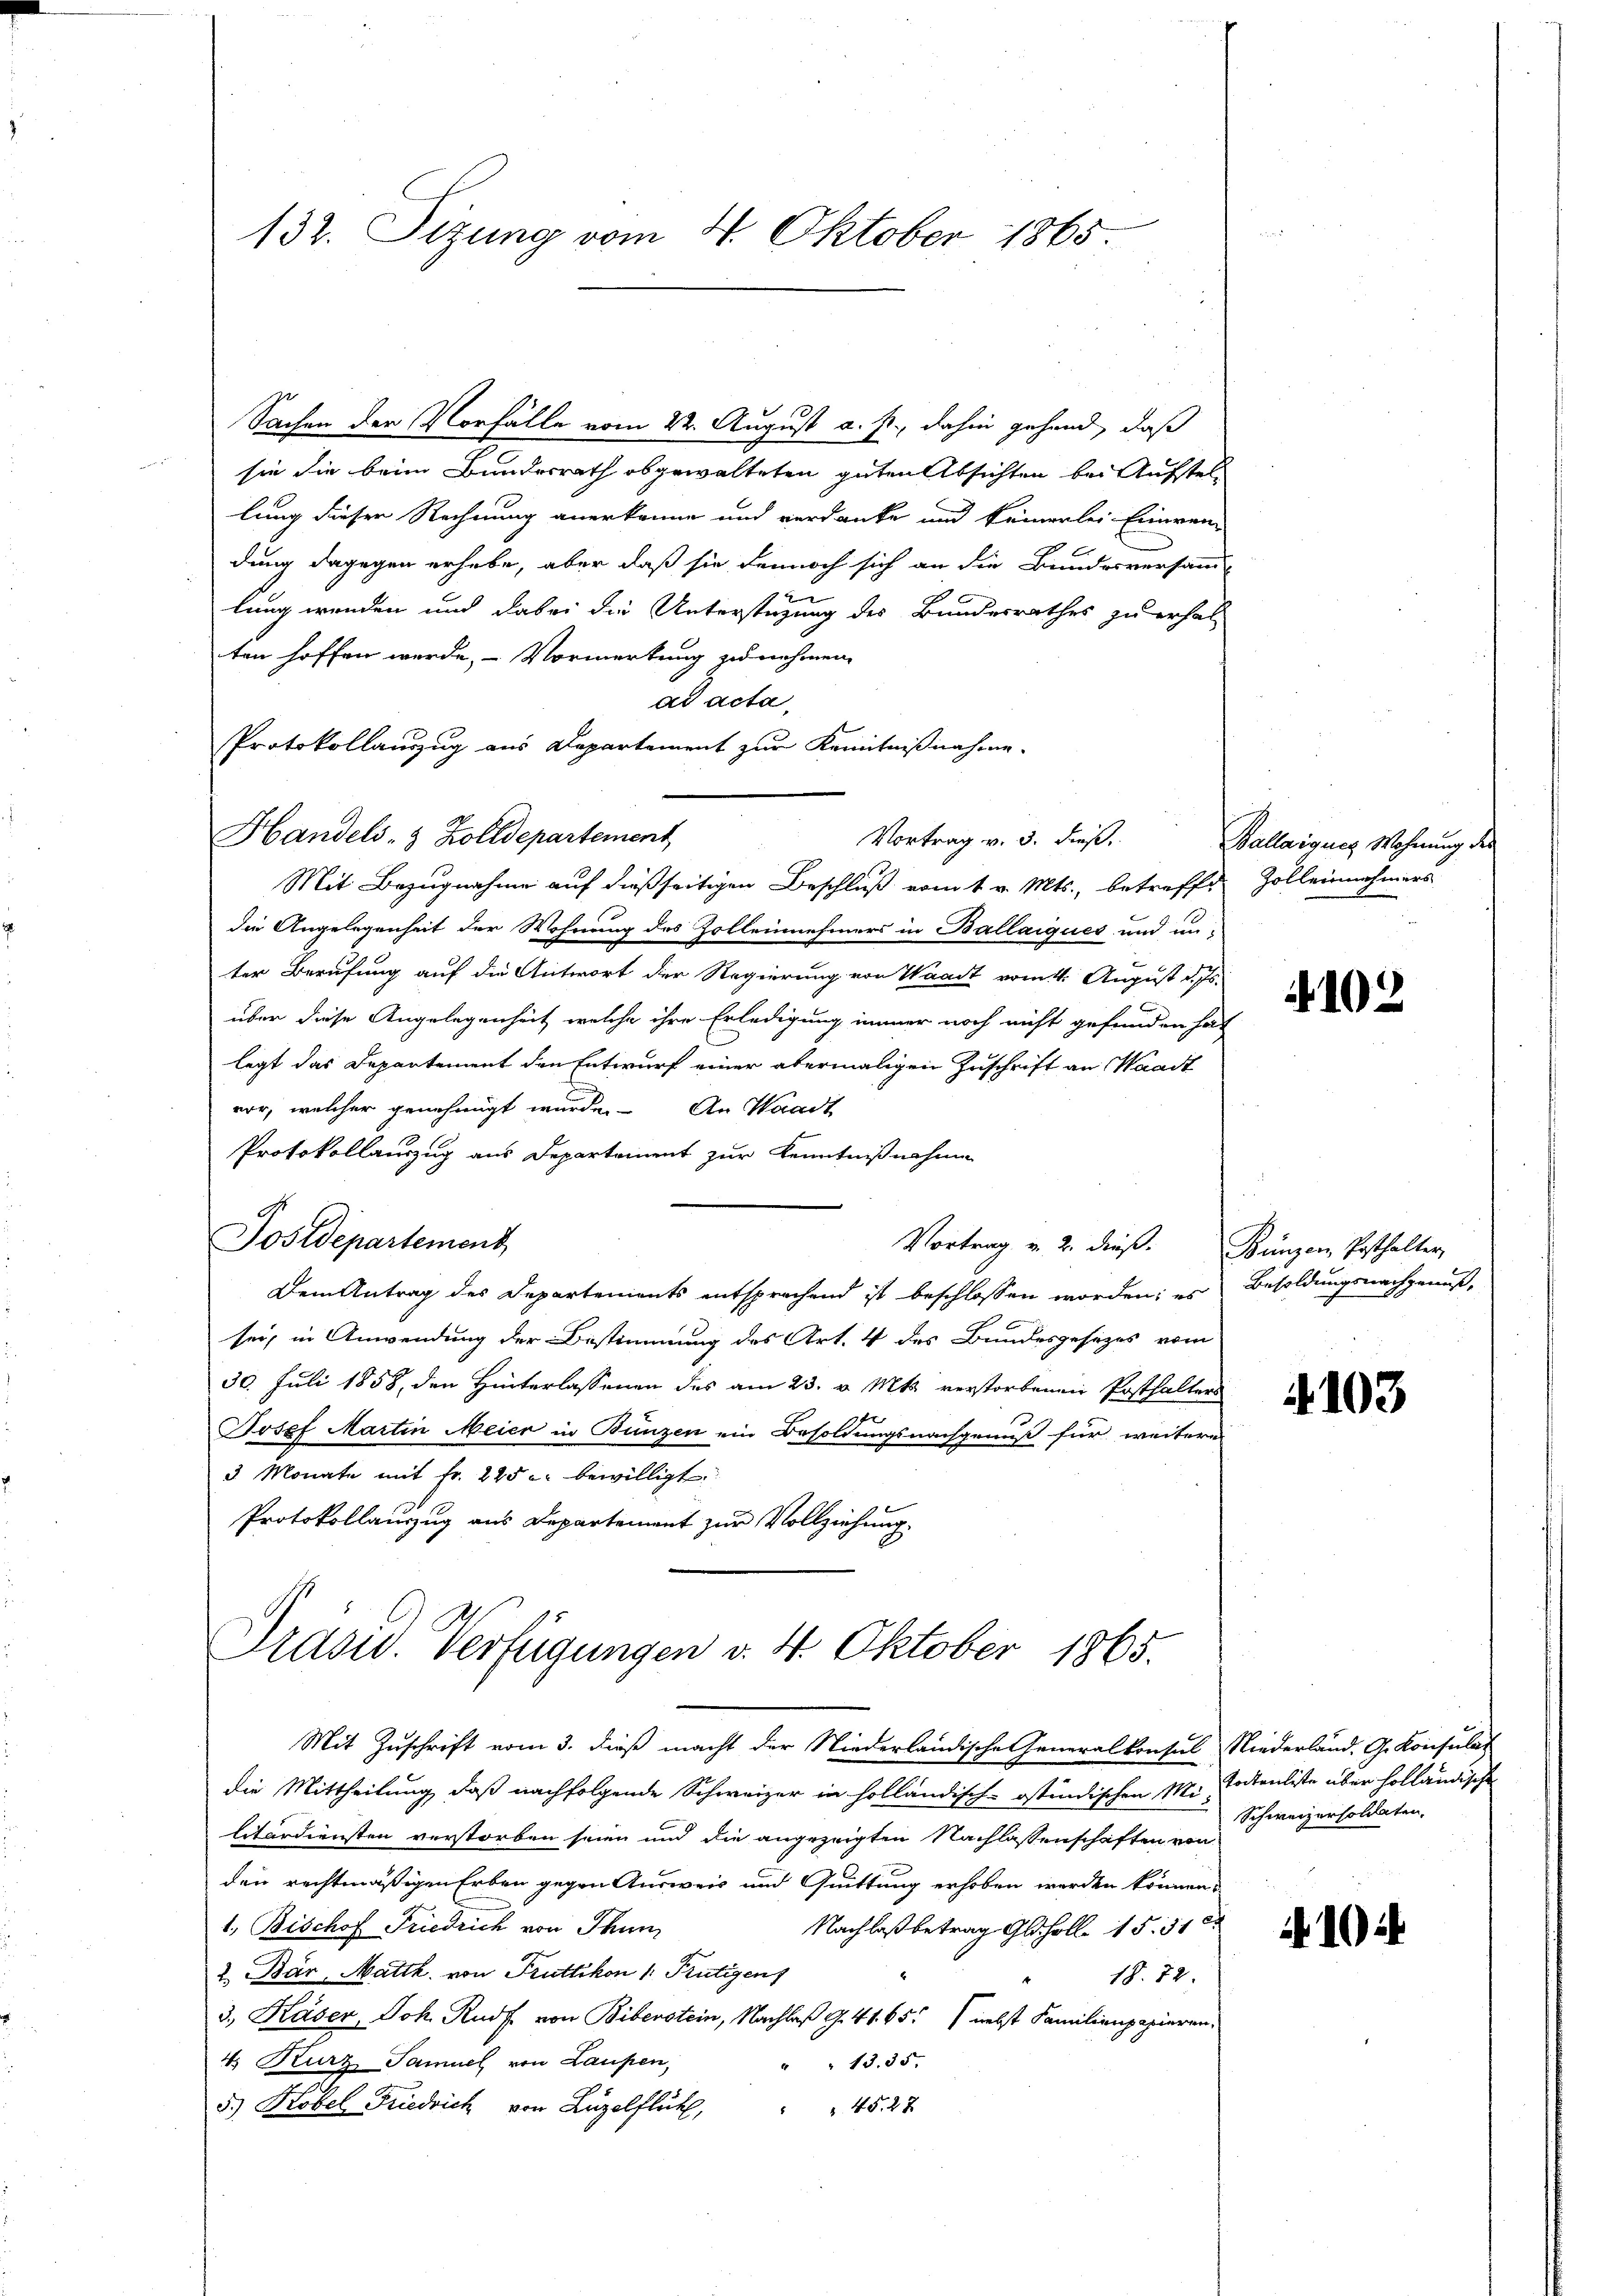
132. Sizung vom 4. Oktober 1865.

10
Sachen der Vorfälle vom 22. August a. p., dahin gehend, daß

sie die beim Bundesrath abgewalteten guten Absichten bei Aufstellung dieser Rechnung anerkenne und verdanke und keinerlei Einwen-
dung dagegen erhebe, aber daß sie dennoch sich an die Bundesversamm-
lung wenden und dabei die Unterstüzung des Bundesrathes zu erhal-
ten hoffen werde, – Vormerkung zu nehmen,
ad acta,
Protokollauszug aus Departement zur Kenntnißnahme.
Handels- & Zolldepartement
Mit Bezugnahme auf dießseitigen Beschluß vom 1. v. Mts., betreffe Zolleinnahmers
die Angelegenheit der Wohnung des Zollennehmers in Ballaiques und un-
ter Berufung auf die Antwort der Regierung von Waadt vom 4. August d. Js.
über diese Angelegenheit, welche ihre Erledigung immer noch nicht gefunden hat
legt das Departement den Entwurf einer abermaligen Zuschrift an Waadt
vor, welcher genehmigt wurde.
An Waadt
Protokollauszug aus Departement zur Kenntnißnahme
.
Sostdepartement
Vortrag v. 2. dieβ. Bünzen Posthalter,
Dem Antrag des Departements entsprachend ist beschlossen worden; es Besoldungsnachgenuß,
sei, in Anwendung der Bestimmung des Art. 4 des Bundesgesezes vom
30. Juli 1858, den Hinterlassenen des am 23. v. Mts. verstorbenen Posthalters
f
Josef Martin Meier in Bunzen ein Besoldungsnachgenuß für weitere
3 Monate mit Fr. 225 u. bewilligt
Protokollauszug aus Departement zur Vollziehung.

Vortrag v. 3. dieß.

Präsid. Verfügungen v. 4. Oktober 1865.

Mit Zuschrift vom 3. dieß macht der Niederländische Generalkonsul Niederland. G. Konsulat
die Mittheilung, daß nachfolgende Schweizer in holländisch-ostindischen M. Todtenliste über holländische
litärdiensten verstorben seien und die angezeigten Nachlassenschaften von
den rechtmäßigen Erben gegen Ausweis und Quittung erhoben werden können.
1. Bischof Friedrich von Thun,
Nachlaß betrag Gloholle 15. 510
2. Bär, Matth. von Fruttikon 1 Frutigen
18. 72.
3., Kaser, Joh. Rudf. von Bibenstein, Nachlaß S. 41. 65. nebst Familienpapieren.
4. Kurz Samuel von Laufen,
" " 13. 35.
5.) Kobel Friedrich von Luzelflüt,
452 x

Ballaigues Wohnung des

102

.103

Schweizersoldaten.

1